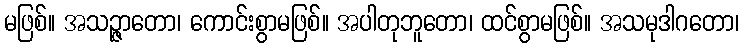
မဖြစ်။ အသဉ္ဇာတော၊ ကောင်းစွာမဖြစ်။ အပါတုဘူတော၊ ထင်စွာမဖြစ်။ အသမုဒါဂတော၊